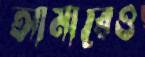
আমারেও